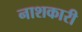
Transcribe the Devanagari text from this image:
नाशकारी